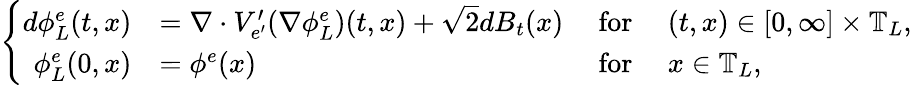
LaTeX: \left\{ \begin{array}{rlrl}{d\phi_{L}^{e}(t,x)}&{=\nabla\cdot V_{e^{\prime}}^{\prime}(\nabla\phi_{L}^{e})(t,x)+\sqrt{2}dB_{t}(x)}&{~\mathrm{for}~}&{(t,x)\in[0,\infty]\times\mathbb{T}_{L},}\\ {\phi_{L}^{e}(0,x)}&{=\phi^{e}(x)}&{~\mathrm{for}~}&{x\in\mathbb{T}_{L},}\end{array}\right.